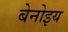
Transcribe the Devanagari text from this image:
बेनोइय